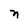
Character: n